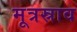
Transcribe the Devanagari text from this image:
मूत्रस्राव